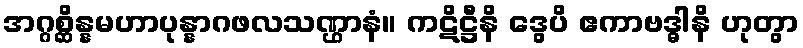
အဂ္ဂစ္ဆိန္နမဟာပုန္နာဂဖလသဏ္ဌာနံ။ ကဋိဋ္ဌီနိ ဒွေပိ ဧကာဗဒ္ဓါနိ ဟုတွာ